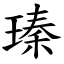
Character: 瑧